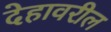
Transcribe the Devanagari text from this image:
देहावरील